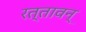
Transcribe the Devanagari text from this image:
रत्तावन्